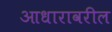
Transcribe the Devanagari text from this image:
आधारावरील